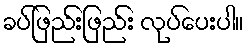
ခပ်ဖြည်းဖြည်း လုပ်ပေးပါ။